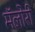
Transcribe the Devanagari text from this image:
मॅलोरी